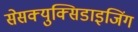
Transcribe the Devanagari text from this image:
सेसक्युक्सिडाइजिंग